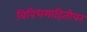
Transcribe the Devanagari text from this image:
विविधमाहितीपर